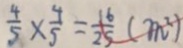
\frac { 4 } { 5 } \times \frac { 4 } { 5 } = \frac { 1 6 } { 2 5 } ( m ^ { 2 } )